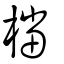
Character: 檔